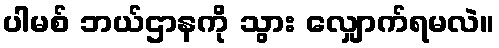
ပါမစ် ဘယ်ဌာနကို သွား လျှောက်ရမလဲ။